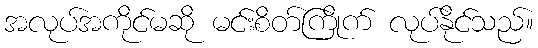
အလုပ်အကိုင်မဆို မင်းစိတ်ကြိုက် လုပ်နိုင်သည်။